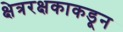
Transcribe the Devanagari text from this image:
क्षेत्ररक्षकाकडून